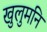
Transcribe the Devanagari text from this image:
खुलुमनि